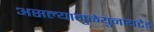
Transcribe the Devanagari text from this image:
असल्यामुळेयुनायटेड